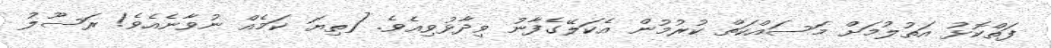
ފަތްކޮޅު އަތުލުމަށް މަސައްކަތް ކުރުމުން އެކަލޭގެފާނު ވިދާޅުވިއެވެ. [ތިޔަ ކަމެއް ނުވާނެއެވެ! ރަސޫލު